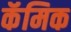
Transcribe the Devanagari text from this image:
कॅमिक